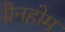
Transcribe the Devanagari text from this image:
ग्रैनहोम